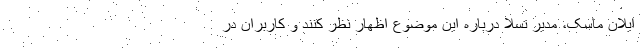
ایلان ماسک، مدیر تسلا درباره این موضوع اظهار نظر کنند و کاربران در